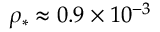
\rho _ { * } \approx 0 . 9 \times 1 0 ^ { - 3 }